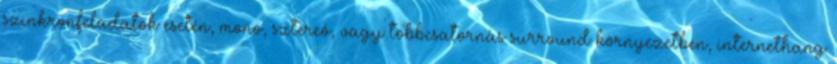
szinkronfeladatok esetén, mono, sztereó, vagy többcsatornás surround környezetben, internethang